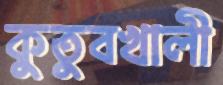
কুতুবখালী